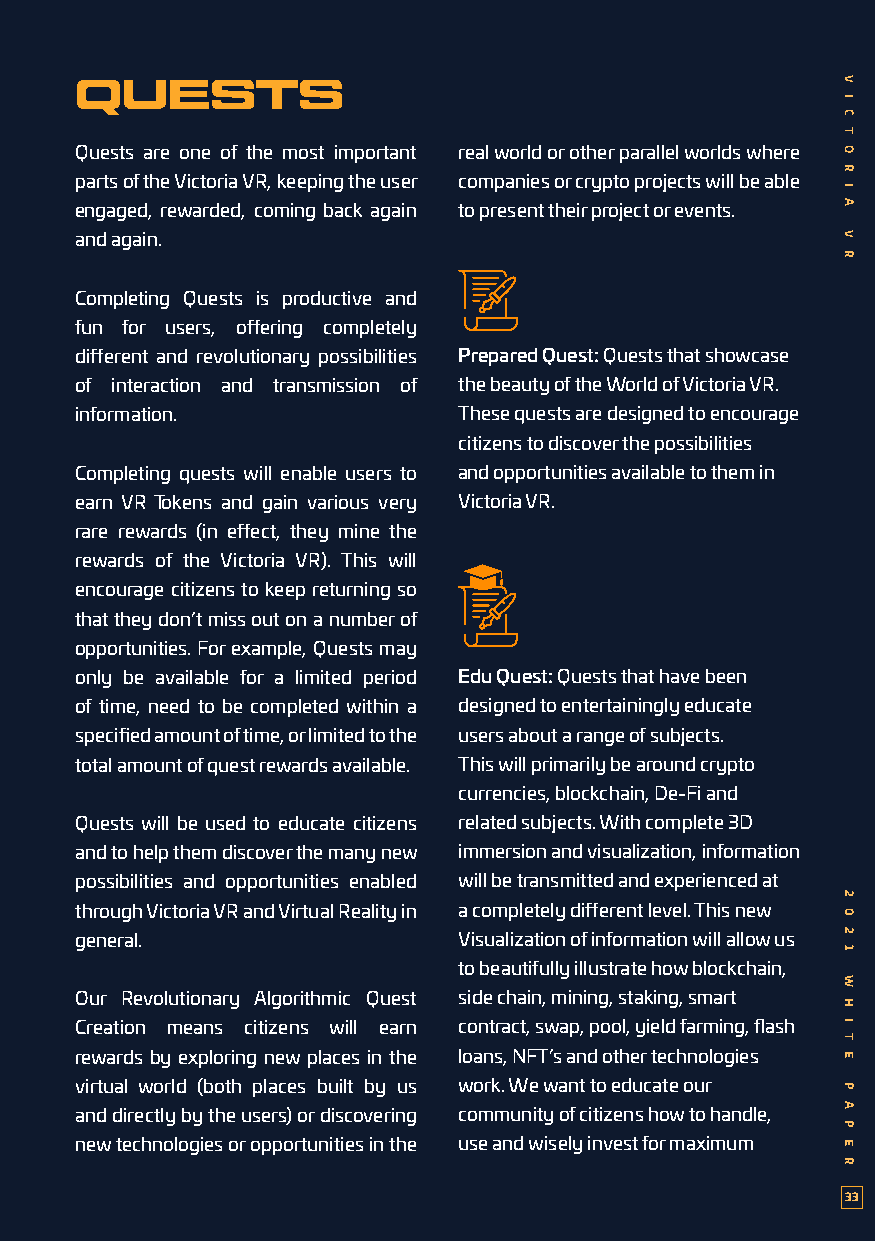
QUESTS
 Quests are one of the most important real world or other parallel worlds where
 parts of the Victoria VR, keeping the user companies or crypto projects will be able
 engaged, rewarded, coming back again to present their project or events.
 and again.
 Completing Quests is productive and
 fun for users, offering completely
 different and revolutionary possibilities Prepared Quest: Quests that showcase
 of interaction and transmission of the beauty of the World of Victoria VR.
 information.             These quests are designed to encourage
 citizens to discover the possibilities
 Completing quests will enable users to and opportunities available to them in
 earn VR Tokens and gain various very Victoria VR.
 rare rewards (in effect, they mine the
 rewards of the Victoria VR). This will
 encourage citizens to keep returning so
 that they don’t miss out on a number of
 opportunities. For example, Quests may
 only be available for a limited period Edu Quest: Quests that have been
 of time, need to be completed within a designed to entertainingly educate
 specified amount of time, or limited to the users about a range of subjects.
 total amount of quest rewards available. This will primarily be around crypto
 currencies, blockchain, De-Fi and
 Quests will be used to educate citizens related subjects. With complete 3D
 and to help them discover the many new immersion and visualization, information
 possibilities and opportunities enabled will be transmitted and experienced at
 through Victoria VR and Virtual Reality in a completely different level. This new
 general.                 Visualization of information will allow us
 to beautifully illustrate how blockchain,
 Our Revolutionary Algorithmic Quest side chain, mining, staking, smart
 Creation means citizens will earn contract, swap, pool, yield farming, flash
 rewards by exploring new places in the loans, NFT’s and other technologies
 virtual world (both places built by us work. We want to educate our
 and directly by the users) or discovering community of citizens how to handle,
 new technologies or opportunities in the use and wisely invest for maximum
 33
 V
 I
 C
 T
 O
 R
 I
 A
 V
 R
 2
 0
 2
 1
 W
 H
 I
 T
 E
 P
 A
 P
 E
 R